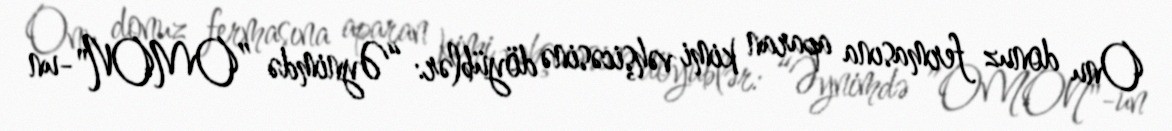
Onu donuz fermasına aparan kimi vəhşicəsinə döyüblər: “Əynimdə ”OMON"-un